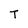
Character: T